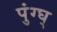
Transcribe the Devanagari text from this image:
पुंग्घ्